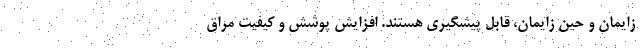
زایمان و حین زایمان، قابل پیشگیری هستند. افزایش پوشش و کیفیت مراق